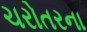
ચરોતરના